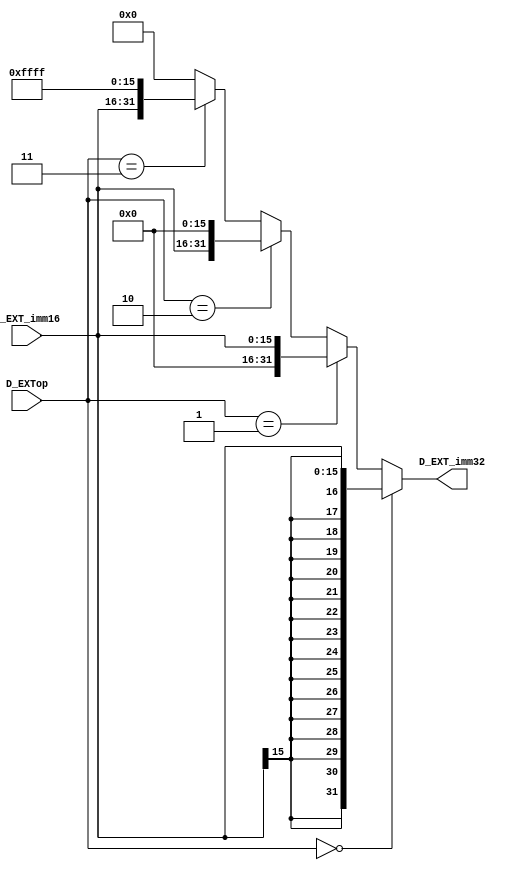
`timescale 1ns / 1ps
//////////////////////////////////////////////////////////////////////////////////
// Company: 
// Engineer: 
// 
// Design Name: 
// Module Name:    EXT 
// Project Name: 
// Target Devices: 
// Tool versions: 
// Description: 
//
// Dependencies: 
//
// Revision: 
// Revision 0.01 - File Created
// Additional Comments: 
//
//////////////////////////////////////////////////////////////////////////////////
module EXT(
    input [15:0] D_EXT_imm16,
    input [3:0] D_EXTop,
    output [31:0] D_EXT_imm32
    );
	 
	 assign D_EXT_imm32 = (D_EXTop == 4'b0000) ? {{16{D_EXT_imm16[15]}},D_EXT_imm16} :
	                      (D_EXTop == 4'b0001) ? {16'd0, D_EXT_imm16} :  
                         (D_EXTop == 4'b0010) ? {D_EXT_imm16, 16'd0} :  
                         (D_EXTop == 4'b0011) ? {D_EXT_imm16, 16'hffff} : 
                                                32'd0;								 


endmodule